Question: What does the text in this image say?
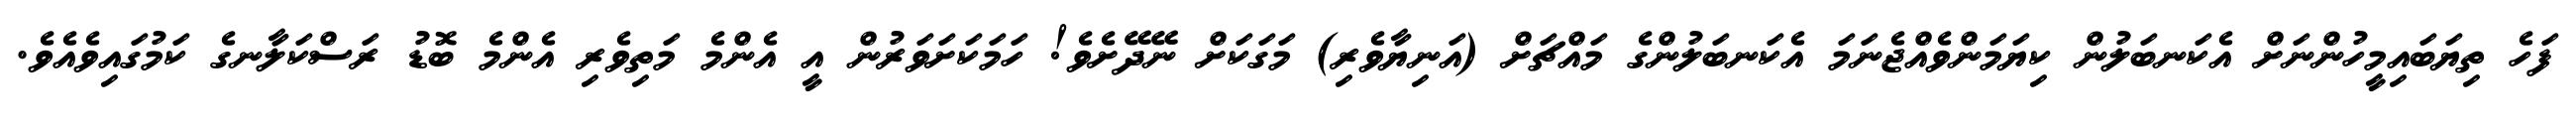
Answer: ފަހެ ތިޔަބައިމީހުންނަށް އެކަނބަލުން ކިޔަމަންވެއްޖެނަމަ އެކަނބަލުންގެ މައްޗަށް (އަނިޔާވެރި) މަގަކަށް ނޭދޭށެވެ! ހަމަކަށަވަރުން އީ އެންމެ މަތިވެރި އެންމެ ބޮޑު ރަސްކަލާނގެ ކަމުގައިވެއެވެ.